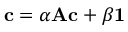
{ \bf c } = \alpha { \bf A } { \bf c } + \beta { \bf 1 }